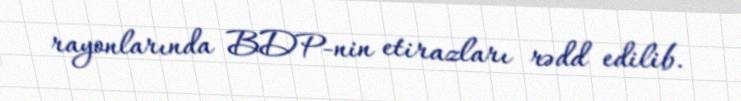
rayonlarında BDP-nin etirazları rədd edilib.